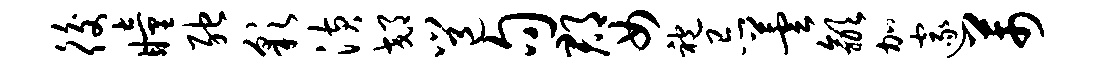
後瞳弛彩潢郊邕句郡女袍忌芸歙加邃芾